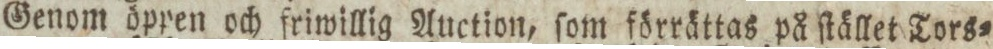
Genom öppen och friwillig Auction, ſom förrättas på ſtället Tors=